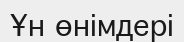
Ұн өнімдері